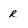
Character: r